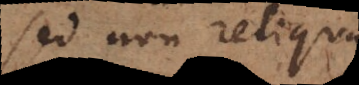
sed non reliqua